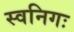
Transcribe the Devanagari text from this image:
स्वनिगः